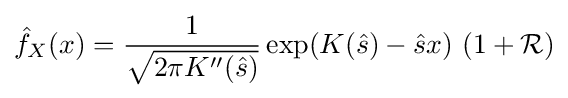
{\hat {f}}_{X}(x)={\frac {1}{\sqrt {2\pi K''({\hat {s}})}}}\exp(K({\hat {s}})-{\hat {s}}x)\,\left(1+{\mathcal {R}}\right)